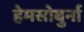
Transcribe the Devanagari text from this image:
हेमसोबुर्ना